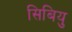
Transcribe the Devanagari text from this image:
सिबियु